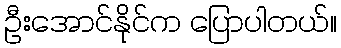
ဦးအောင်နိုင်က ပြောပါတယ်။